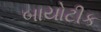
બાયોટીક